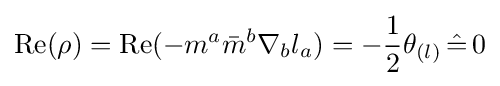
{\text{Re}}(\rho )={\text{Re}}(-m^{a}{\bar {m}}^{b}\nabla _{b}l_{a})=-{\frac {1}{2}}\theta _{(l)}\,{\hat {=}}\,0